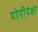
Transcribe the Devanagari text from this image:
योनीपेक्षा